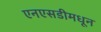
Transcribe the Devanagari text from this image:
एनएसडीमधून